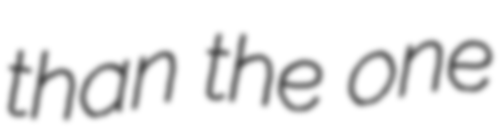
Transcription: than the one